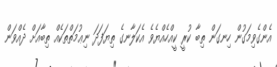
އެންގެވިމަގުން ހިނގަން ތިބާ ކުރީ ކީއްހެއްޔެވެ އެކަލާނގެ ތިޔަފަދަ ނިޢުމަތްތަކެއް ތިބާއަށް ދެއްވަން